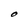
Character: O